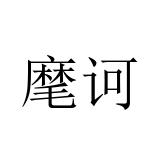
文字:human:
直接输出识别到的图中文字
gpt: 麾诃